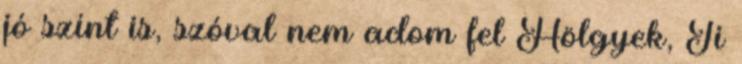
jó színt is, szóval nem adom fel Hölgyek, Ti